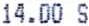
14.00 S